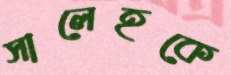
সালেহকে